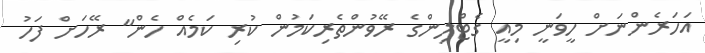
އަހަރެންނަށް ހީވަނީ މިއީ ގެޓްލިންގެ ރޭވުންތެރިކަމުން ކުރި ކަމެއް ހެން" ރޭހަށް ފަހު